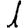
Digit: 1